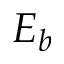
E _ { b }